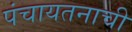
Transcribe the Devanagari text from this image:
पंचायतनाची